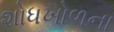
શોધખોળના